Report of the Municipal Commissioner on the plague in Bombay for the year ending 31st May... - Volume 2
Disease focus: Plague
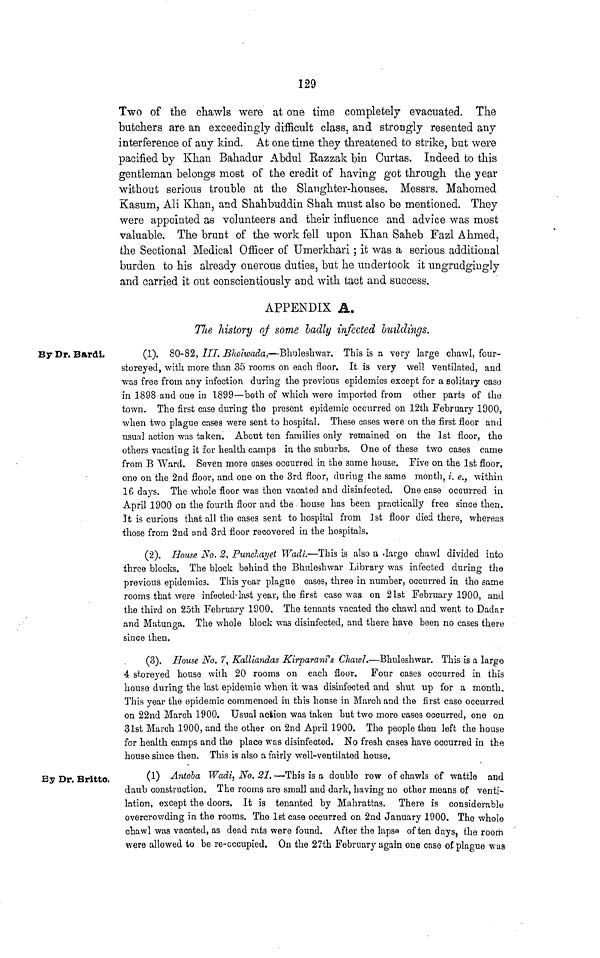
129
Two of the chawls were at one time completely evacuated. The
butchers are an exceedingly difficult class, and strongly resented any
interference of any kind. At one time they threatened to strike, but were
pacified by Khan Bahadur Abdul Eazzak bin Curtas. Indeed fco this
gentleman belongs most of the credit of having got through the year
without serious trouble at the Slaughter-houses. Messrs. Mahomed
Kasum, AH Khan, and Shahbuddin Shah must also be mentioned. They
were appointed as volunteers and their influence and advice was most
valuable. The brunt of the work fell upon Khan Saheb Fazl Ahmed,
the Sectional Medical Officer of Umerkhari; it was a serious additional
burden to his already onerous duties, but he undertook it ungrudgingly
and carried it out conscientiously and with tact and success.
APPENDIX A.
TJie history of some badly infected buildings.
By Dr. Bardi.
(1). 80-82, HI. Blioiwada,—Bhuleshwar. This is a very large cliawl, four-
storeyed, with more than 35 rooms on each floor. It is very well ventilated, and
was free from any infection during the previous epidemics except for a solitary caso
in 1898 and one in 1899—both of which were imported from other parts of the
town. The first case during the present epidemic occurred on 12th February 1900,
when two plague cases were sent to hospital. These cases were on the first floor and
usual action was taken. About ten families only remained on the 1st floor, the
others vacating it for health camps in the suburbs. One of these two cases came
from B Ward. Seven more cases occurred in the same house. Five on the 1st floor,
one on the 2nd floor, and one on the 3rd floor, during the same month, i. e. } within
16 days. The whole floor was then vacated and disinfected. One case occurred in
April 1900 on the fourth floor and the house has been practically free since then.
It is curious that all the cases sent to hospital from 1st floor died there, whereas
those from 2nd and 3rd floor recovered in the hospitals.
(2). House No. 2, Puncliayet Wadi—This is also a -large chawl divided into
three blocks. The block behind the Bhuleshwar Library was infected during the
previous epidemics. This year plague cases, three in number, occurred in the same
rooms that were infected-last year, the first case was on 21st February 1900, and
the third on 25th February 1900. The tenants vacated the chawl and went to Dadar
and Matunga. The whole block was disinfected, and there have been no cases there
since then.
(3). House No. 7, Kalliandas Kirparani's Cliawl.—Bhuleshwar. This is a large
4 storeyed house with 20 rooms on each floor. Four cases occurred in this
house during the last epidemic when it was disinfected and shut up for a month.
This year the epidemic commenced in this house in March and the first caso occurred
on 22nd March 1900. Usual action was taken but two more cases occurred, one on
31st March 1900, and the other on 2nd April 1900. The people then left the house
for health camps and the place was disinfected. No fresh cases have occurred in the
house since then. This is also a fairly well-ventilated house.
By Dr. Britto,
(1) Antoba Wadi, No. 21. —This is a double row of chawls of wattle and
daub construction. The rooms are small and dark, having no other means of venti-
lation, except the doors. It is tenanted by Mahrattas. There is considerable
overcrowding in the rooms. The 1st case occurred on 2nd January 1900. The whole
chawl was vacated, as dead rats were found. After the lapse often days, the room
were allowed to be re-cccupied. On the 27th February again one case of plague was